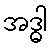
အဒ္ဓါ